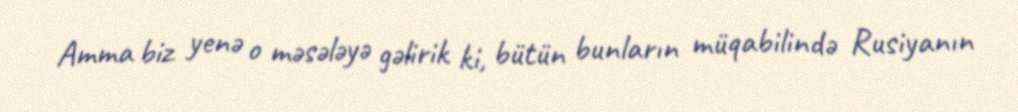
Amma biz yenə o məsələyə gəlirik ki, bütün bunların müqabilində Rusiyanın